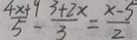
\frac { 4 x + 9 } { 5 } - \frac { 3 + 2 x } { 3 } = \frac { x - 5 } { 3 }